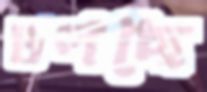
ডলছে